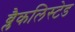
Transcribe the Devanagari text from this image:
ब्लैकलिस्टेड